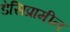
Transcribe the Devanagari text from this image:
डेसिप्रामीन